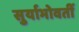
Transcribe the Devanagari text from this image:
सुर्याभोवतीं